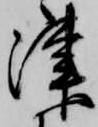
津